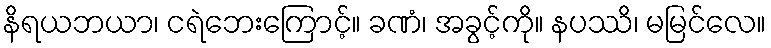
နိရယဘယာ၊ ငရဲဘေးကြောင့်။ ခဏံ၊ အခွင့်ကို။ နပဿိ၊ မမြင်လေ။